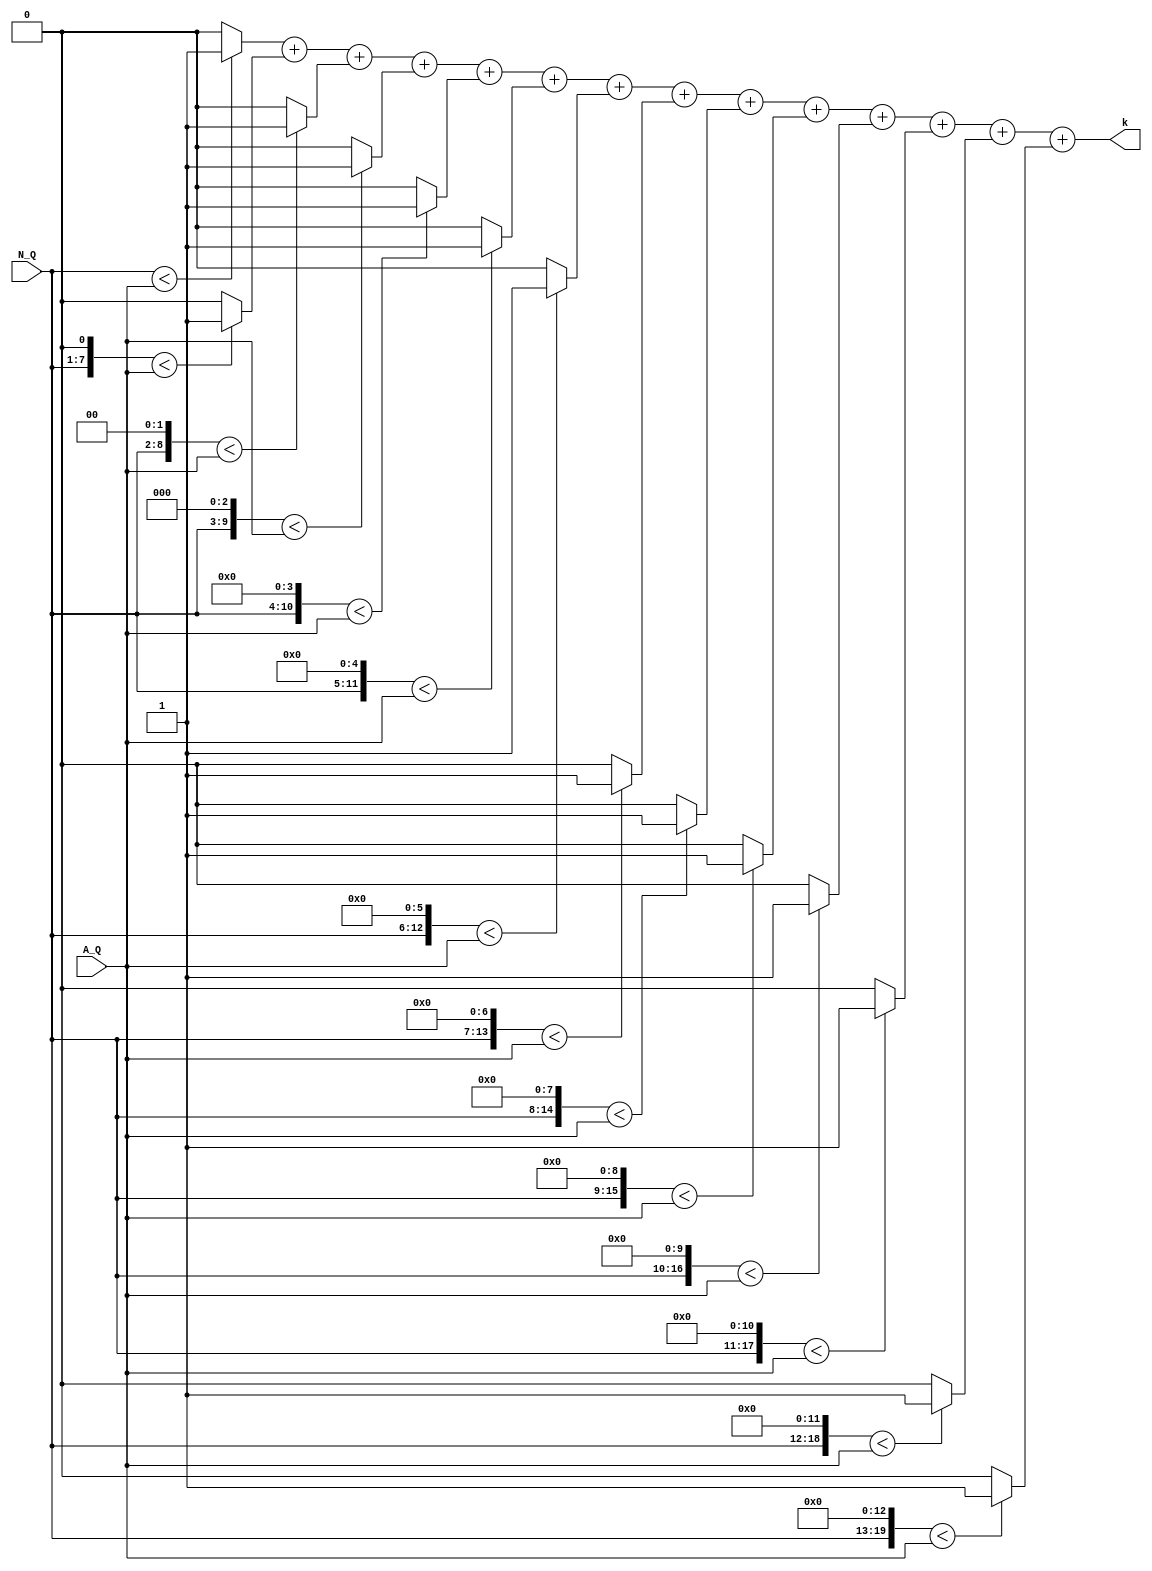
`timescale 1ns / 1ps
//////////////////////////////////////////////////////////////////////////////////
// Company: 
// Engineer: 
// 
// Design Name: 
// Module Name:    golomb_k 
// Project Name: 
// Target Devices: 
// Tool versions: 
// Description: 
//
// Dependencies: 
//
// Revision: 
// Revision 0.01 - File Created
// Additional Comments: 
//
//////////////////////////////////////////////////////////////////////////////////
module golomb_k(N_Q, A_Q, k);
   
    input [6:0] N_Q;
    input [12:0] A_Q;
    output [3:0] k;
 

 
  
   wire [19:0] N_Q_temp;
	//wire [19:0] A_Q_temp;
   wire s0,s1,s2,s3,s4,s5,s6,s7,s8,s9,s10,s11,s12,s13;
   
   //wire [3:0] k_tmp1;	
 
	assign #1 N_Q_temp={8'b0000_0000,N_Q[6:0]};
	assign #1 s0=(N_Q_temp<A_Q)?1:0;
	//assign A_Q_temp={7'b0000_0000,A_Q[12:0]};
	assign #1 s1=((N_Q_temp<<1)<A_Q)?1:0;
	assign #1 s2=((N_Q_temp<<2)<A_Q)?1:0;
   assign #1 s3=((N_Q_temp<<3)<A_Q)?1:0;
	assign #1 s4=((N_Q_temp<<4)<A_Q)?1:0;
   assign #1 s5=((N_Q_temp<<5)<A_Q)?1:0;
	
	assign #1 s6=((N_Q_temp<<6)<A_Q)?1:0;
	assign #1 s7=((N_Q_temp<<7)<A_Q)?1:0;
   assign #1 s8=((N_Q_temp<<8)<A_Q)?1:0;
	assign #1 s9=((N_Q_temp<<9)<A_Q)?1:0;
   assign #1 s10=((N_Q_temp<<10)<A_Q)?1:0;
	
	assign #1 s11=((N_Q_temp<<11)<A_Q)?1:0;
	assign #1 s12=((N_Q_temp<<12)<A_Q)?1:0;
   assign #1 s13=((N_Q_temp<<13)<A_Q)?1:0;
	
   	
   assign #1 k=(s0&1'b1)+(s1&1'b1)+(s2&1'b1)+(s3&1'b1)+(s4&1'b1)+(s5&1'b1)
	         +(s6&1'b1)+(s7&1'b1)+(s8&1'b1)+(s9&1'b1)+(s10&1'b1)
				+(s11&1'b1)+(s12&1'b1)+(s13&1'b1);//+1'b1;
  
   

endmodule